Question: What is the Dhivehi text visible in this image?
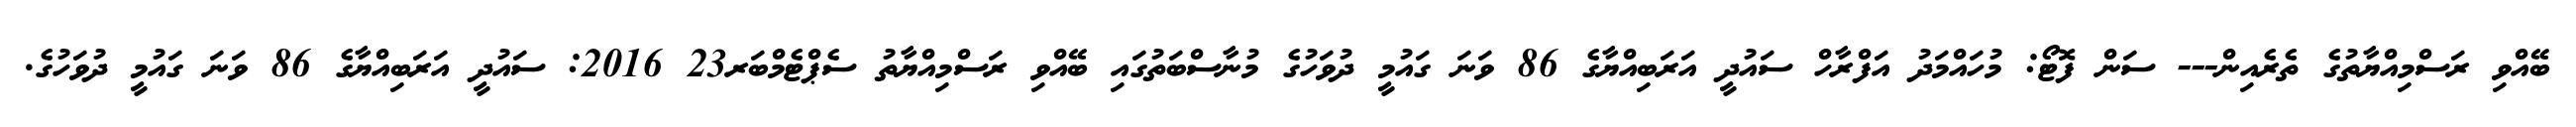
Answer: ބޭއްވި ރަސްމިއްޔާތުގެ ތެރެއިން--- ސަން ފޮޓޯ: މުހައްމަދު އަފްރާހް ސައުދީ އަރަބިއްޔާގެ 86 ވަނަ ގައުމީ ދުވަހުގެ މުނާސްބަތުގައި ބޭއްވި ރަސްމިއްޔާތު ސެޕްޓެމްބަރ23 2016: ސައުދީ އަރަބިއްޔާގެ 86 ވަނަ ގައުމީ ދުވަހުގެ.